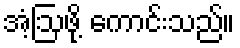
အံ့ဩဖို့ ကောင်းသည်။